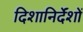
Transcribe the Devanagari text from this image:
दिशानिर्देंशों